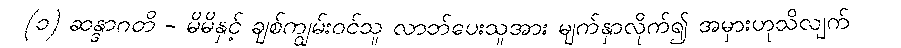
(၁) ဆန္ဒာဂတိ - မိမိနှင့် ချစ်ကျွမ်းဝင်သူ လာဘ်ပေးသူအား မျက်နှာလိုက်၍ အမှားဟုသိလျက်